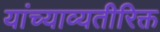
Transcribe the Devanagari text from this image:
यांच्याव्यतीरिक्त